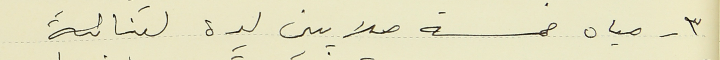
٣ - مياه خمسة ملايين ليرة لبنانية